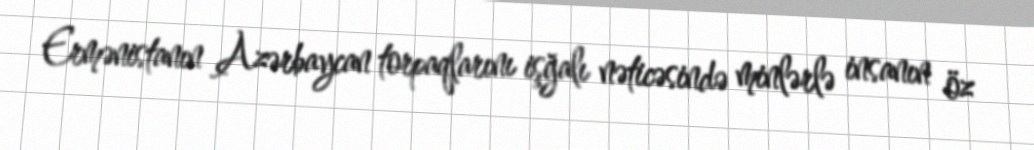
Ermənistanın Azərbaycan torpaqlarını işğalı nəticəsində minlərlə insanın öz